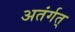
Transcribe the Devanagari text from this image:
अतंर्गत्